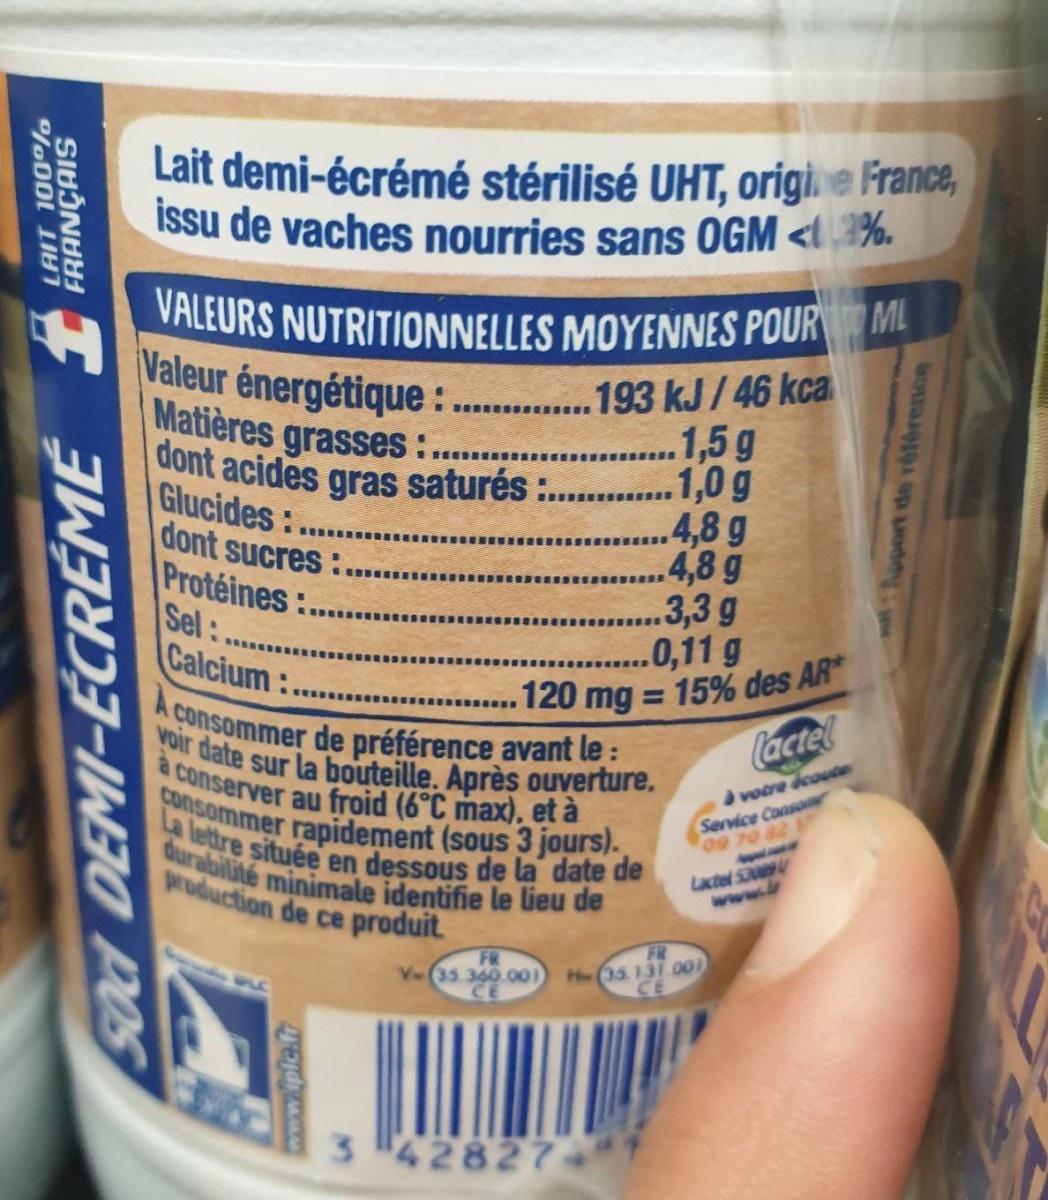
Lait demi-écrémé stérilisé UHT, origi.e France, ISsu de vaches nourries sans OGM <l%. VALEURS NUTRITIONNELLES MOYENNES POUR ML Valeur énergétique: Matières grasses :.. dont acides gras saturés :. Glucides: dont sucres: Protéines:..... Sel: Calcium: 193 kJ/46 kca 1,5g .1,0g 4,8 g .4,8 g .3,3 g .0,11g ...... ......120 mg = 15% des AR Cactel %3D ti A consommer de préférence avant le : voir date sur la bouteille. Après ouverture. à conserver au froid (6°C max). et à Consommer rapidement (sous 3 jours). La lettre située en dessous de la date de durabilité minimale identifie le lieu de production de ce produit. Service Consomr 09 70 82 ở votre dcoute Lactel S309 www. FR FR V-(35.360.001 CE H(35.131 000 CE 3. 42827 LAIT 100 %o SIUINUH Sod DEMI-ECCRÉME uport de référence